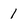
Character: 1